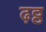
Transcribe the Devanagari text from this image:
ढ़ठ्ठ